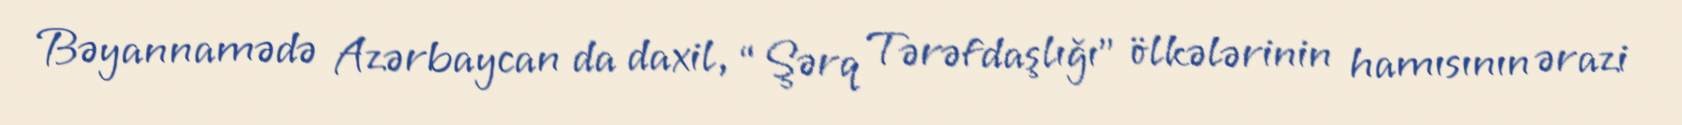
Bəyannamədə Azərbaycan da daxil, “Şərq Tərəfdaşlığı” ölkələrinin hamısının ərazi